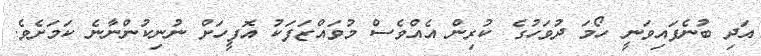
އަދި ބުނެފައިވަނީ ހޯމަ ދުވަހުގެ ކުރިން އެއްވެސް މުވައްޒަފަކު އޮފީހަށް ނުނިކުންނާނެ ކަމަށެވެ.